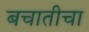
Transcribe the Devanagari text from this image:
बचातीचा